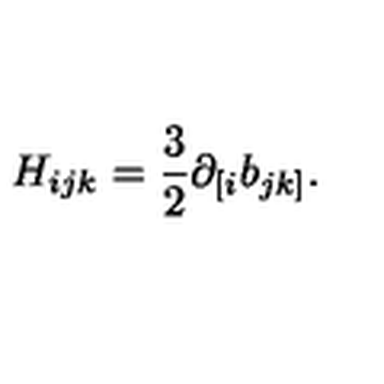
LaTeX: H _ { i j k } = \frac { 3 } { 2 } \partial _ { [ i } b _ { j k ] } .